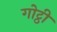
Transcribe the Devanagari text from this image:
गोट्ठी